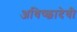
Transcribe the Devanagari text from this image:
अधिष्छादेवी